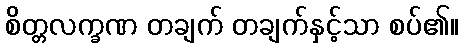
စိတ္တလက္ခဏ တချက် တချက်နှင့်သာ စပ်၏။